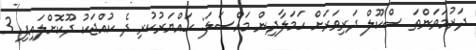
ދަރުމަވަންތަ ސްކޫލް ދަރިވަރަށް ހަމަލާދިން މައްސަލަ: ހައްޔަރުކުރި ދެ ކުއްޖަކު ދޫކޮށްލައިފި 3